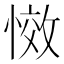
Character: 𭞆